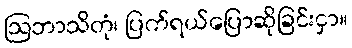
ဩဘာသိတုံ၊ ပြက်ရယ်ပြောဆိုခြင်းငှာ။